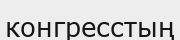
конгресстың